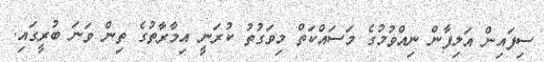
ސިފައިން އަލިފާން ނިއްވުމުގެ މަސައްކަތް މިވަގުތު ކުރަނީ އިމާރާތުގެ ތިން ވަނަ ބުރީގައި.